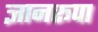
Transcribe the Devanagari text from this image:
ज्ञानरूपा